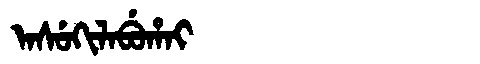
Manchu: ᠠᠰᡠᡴᡳᠯᠠᠪᡠᡥᠠᡳ
Romanization: ASUKILABUHAI